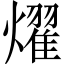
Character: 燿